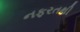
નફરતથી